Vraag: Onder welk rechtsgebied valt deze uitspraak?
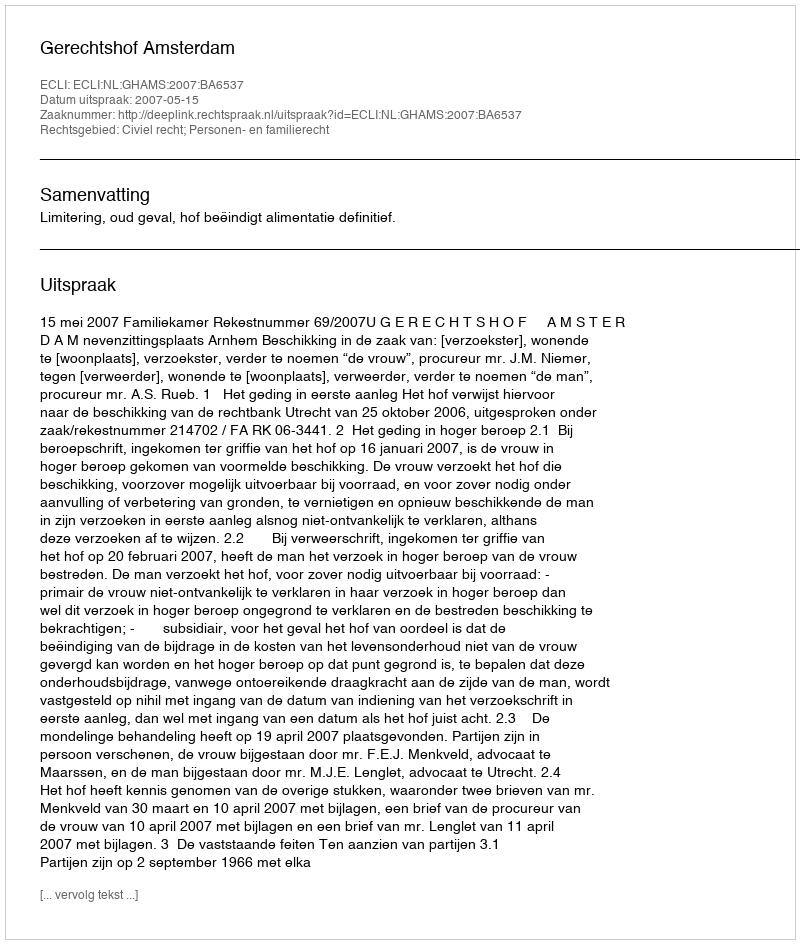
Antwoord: Civiel recht; Personen- en familierecht